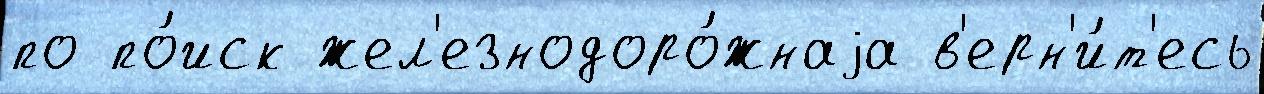
по по́иск жел'езнодоро́жнаjа в'ерн'и́т'есь